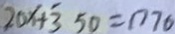
2 0 x + 3 5 0 = 1 7 7 0